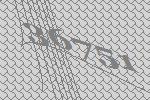
36751